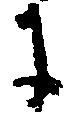
に